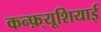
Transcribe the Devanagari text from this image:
कन्फ़्यूशियाई